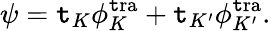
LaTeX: \psi=\mathtt{t}_{K}\phi_{K}^{\mathrm{{\mathtt{t}ra}}}+\mathtt{t}_{K^{\prime}}\phi_{K^{\prime}}^{\mathrm{{\mathtt{t}ra}}}.